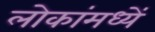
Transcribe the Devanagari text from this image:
लोकांमध्यें